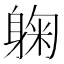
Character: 躹